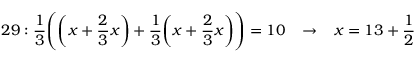
2 9 : { \frac { 1 } { 3 } } { \Bigg ( } { \bigg ( } x + { \frac { 2 } { 3 } } x { \bigg ) } + { \frac { 1 } { 3 } } { \bigg ( } x + { \frac { 2 } { 3 } } x { \bigg ) } { \Bigg ) } = 1 0 \; \; \; \rightarrow \; \; \; x = 1 3 + { \frac { 1 } { 2 } }